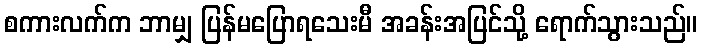
စကားလက်က ဘာမျှ ပြန်မပြောရသေးမီ အခန်းအပြင်သို့ ရောက်သွားသည်။